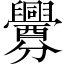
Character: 釁